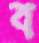
ব